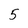
Character: 5